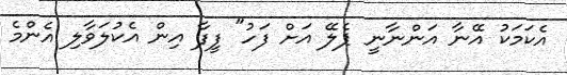
އެކަމަކު އޭނާ އަންނާނީ ޕެލޭ އަށް ފަހު" ފީފާ އިން އެކުލަވާލި އެންމެ